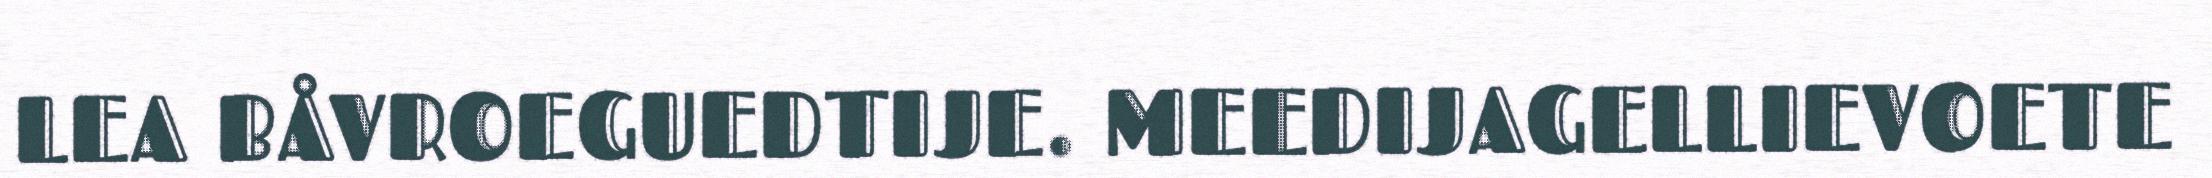
LEA BÅVROEGUEDTIJE. MEEDIJAGELLIEVOETE